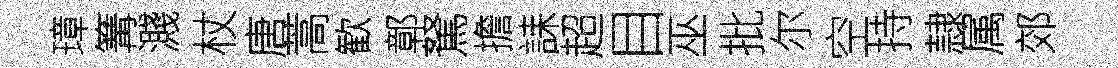
璋篝濺杖唐蒿歓鄣駑擔誄超目巫批尔空持隷属郊